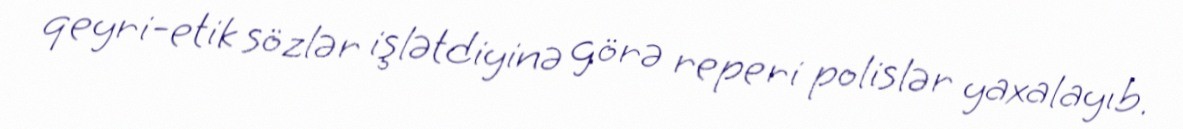
qeyri-etik sözlər işlətdiyinə görə reperi polislər yaxalayıb.